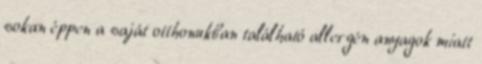
sokan éppen a saját otthonukban található allergén anyagok miatt